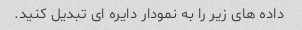
داده های زیر را به نمودار دایره ای تبدیل کنید.